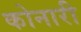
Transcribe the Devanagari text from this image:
कोनारी